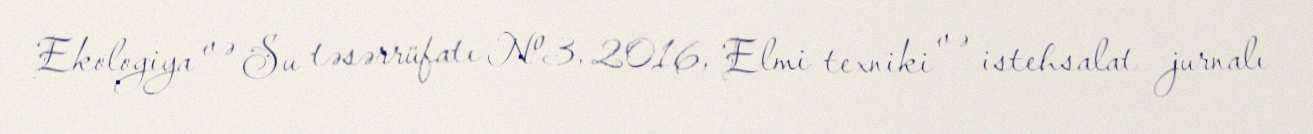
Ekologiya və Su təsərrüfatı №3, 2016, Elmi texniki və istehsalat jurnalı